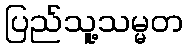
ပြည်သူ့သမ္မတ